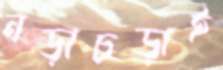
নড়াচড়াই